Investigations into the jail dietaries of the United Provinces with some observations on the influence of dietary on the physical development and well-being of the people of the United Provinces - Number 48
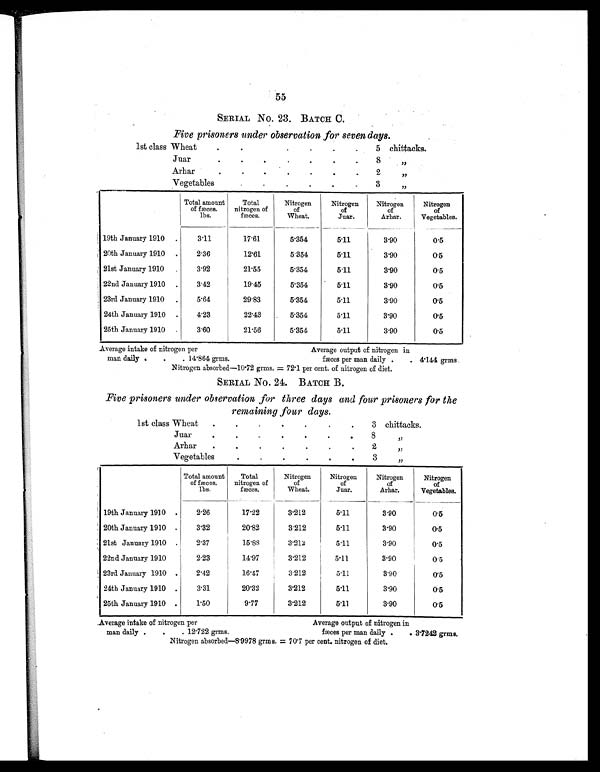
55
SERIAL NO. 23. BATCH C.
Five prisoners under observation for seven days.
1st class Wheat
.
.
.
.
.
.
.
5 chittacks.
Juar
.
.
.
.
.
.
.
8 „
Arhar
.
.
.
.
.
.
.
2 „
Vegetables
.
.
.
.
.
.
3 „
Total amount
of fæces.
l b s .
Total
nitrogen of
fæces.
Nitrogen
of
Wheat.
Nitrogen
of
Juar.
Nitrogen
of
Arhar.
Nitrogen
of
Vegetables.
19th January 1910
.
3.11
17.61
5.354
5.11
3.90
0.5
20th January 1910
.
2.36
12.61
5.354
5.11
3.90
0.5
21st January 1910
.
3.92
21.55
5.354
5.11
3.90
0.5
22nd January 1910
.
3.42
19.45
5.354
5.11
3.90
0.5
23rd January 1910
.
5.64
29.83
5.354
5.11
3.90
0.5
24th January 1910
.
4.23
22.43
5.354
5.11
3.90
0.5
25th January 1910
3.60
21.56
5.354
5.11
3.90
0.5
Average intake of nitrogen per
Average output of nitrogen in
man daily .
.
. 1 4 . 8 6 4 g r m s .
fæces per man daily .
. 4.144 grms.
Nitrogen absorbed—10.72 grms. = 72.1 per cent. of nitrogen of diet.
SERIAL NO. 24. BATCH B.
Five prisoners under observation for three days and four prisoners for the
remaining four days.
1st class Wheat
.
.
.
. .
.
. 3 chittacks.
Juar
.
.
.
.
.
.
. 8 „
Arhar
.
.
.
.
.
.
. 2 „
Vegetables
.
.
.
.
.
. 3 „
Total amount
of fæces.
lbs.
Total
nitrogen of
fæces.
Nitrogen
of
Wheat.
Nitrogen
of
Juar.
Nitrogen
of
Arhar.
Nitrogen
of
Vegetables.
19th January 1910
.
2.26
17.22
3.212
5.11
3.90
0.5
20th January 1910
.
3.32
20.82
3.212
5.11
3.90
0.5
21st January 1910
2.37
15.88
3.212
5.11
3.90
0.5
22nd January 1910
2.23
14.97
3.212
5.11
3.90
0.5
23rd January 1910
2.42
16.47
3.212
5.11
3.90
0.5
24th January 1910
.
3.31
20.32
3.212
5.11
3.90
0.5
25th January 1910
.
1.50
9.77
3.212
5.11
3.90
0.5
Average intake of nitrogen per
Average output of nitrogen in
man daily .
.
. 1 2 . 7 2 2 g r m s .
fæces per man daily .
. 3.7242 grms.
Nitrogen absorbed—8.9978 grms. = 70.7 per cent. nitrogen of diet.